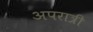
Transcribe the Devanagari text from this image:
अपरात्री